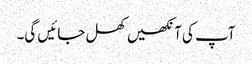
آپ کی آنکھیں کھل جائیں گی۔